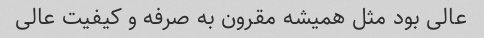
عالی بود مثل همیشه مقرون به صرفه و کیفیت عالی